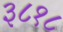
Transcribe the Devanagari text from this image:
३८१८